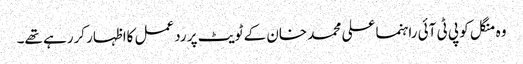
وہ منگل کو پی ٹی آئی راہنما علی محمد خان کے ٹویٹ پر ردعمل کااظہار کررہے تھے۔